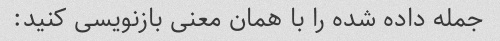
جمله داده شده را با همان معنی بازنویسی کنید: